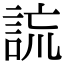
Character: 𧧢